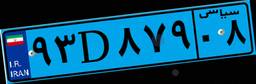
۹۱D۷۶۱۸۴